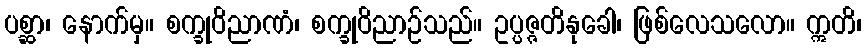
ပစ္ဆာ၊ နောက်မှ။ စက္ခုဝိညာဏံ၊ စက္ခုဝိညာဉ်သည်။ ဥပ္ပဇ္ဇတိနုခေါ၊ ဖြစ်လေသလော။ ဣတိ၊